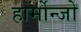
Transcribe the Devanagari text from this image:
हार्मोन्जो